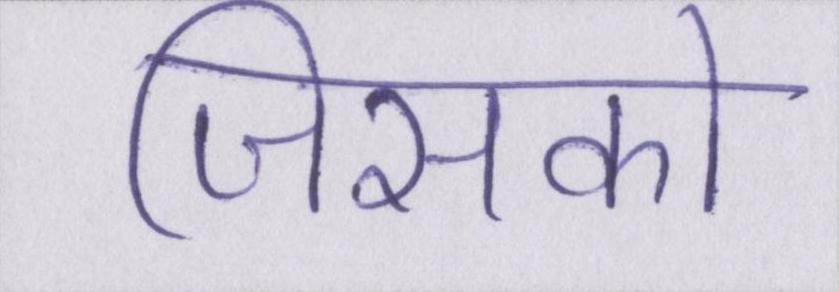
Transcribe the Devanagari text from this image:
जिसको